State Department UAP Cable 5, Mexico, September 16, 2003
Agency: Department of State
Incident date: 9/12/03
Incident location: Mexico
Page 2
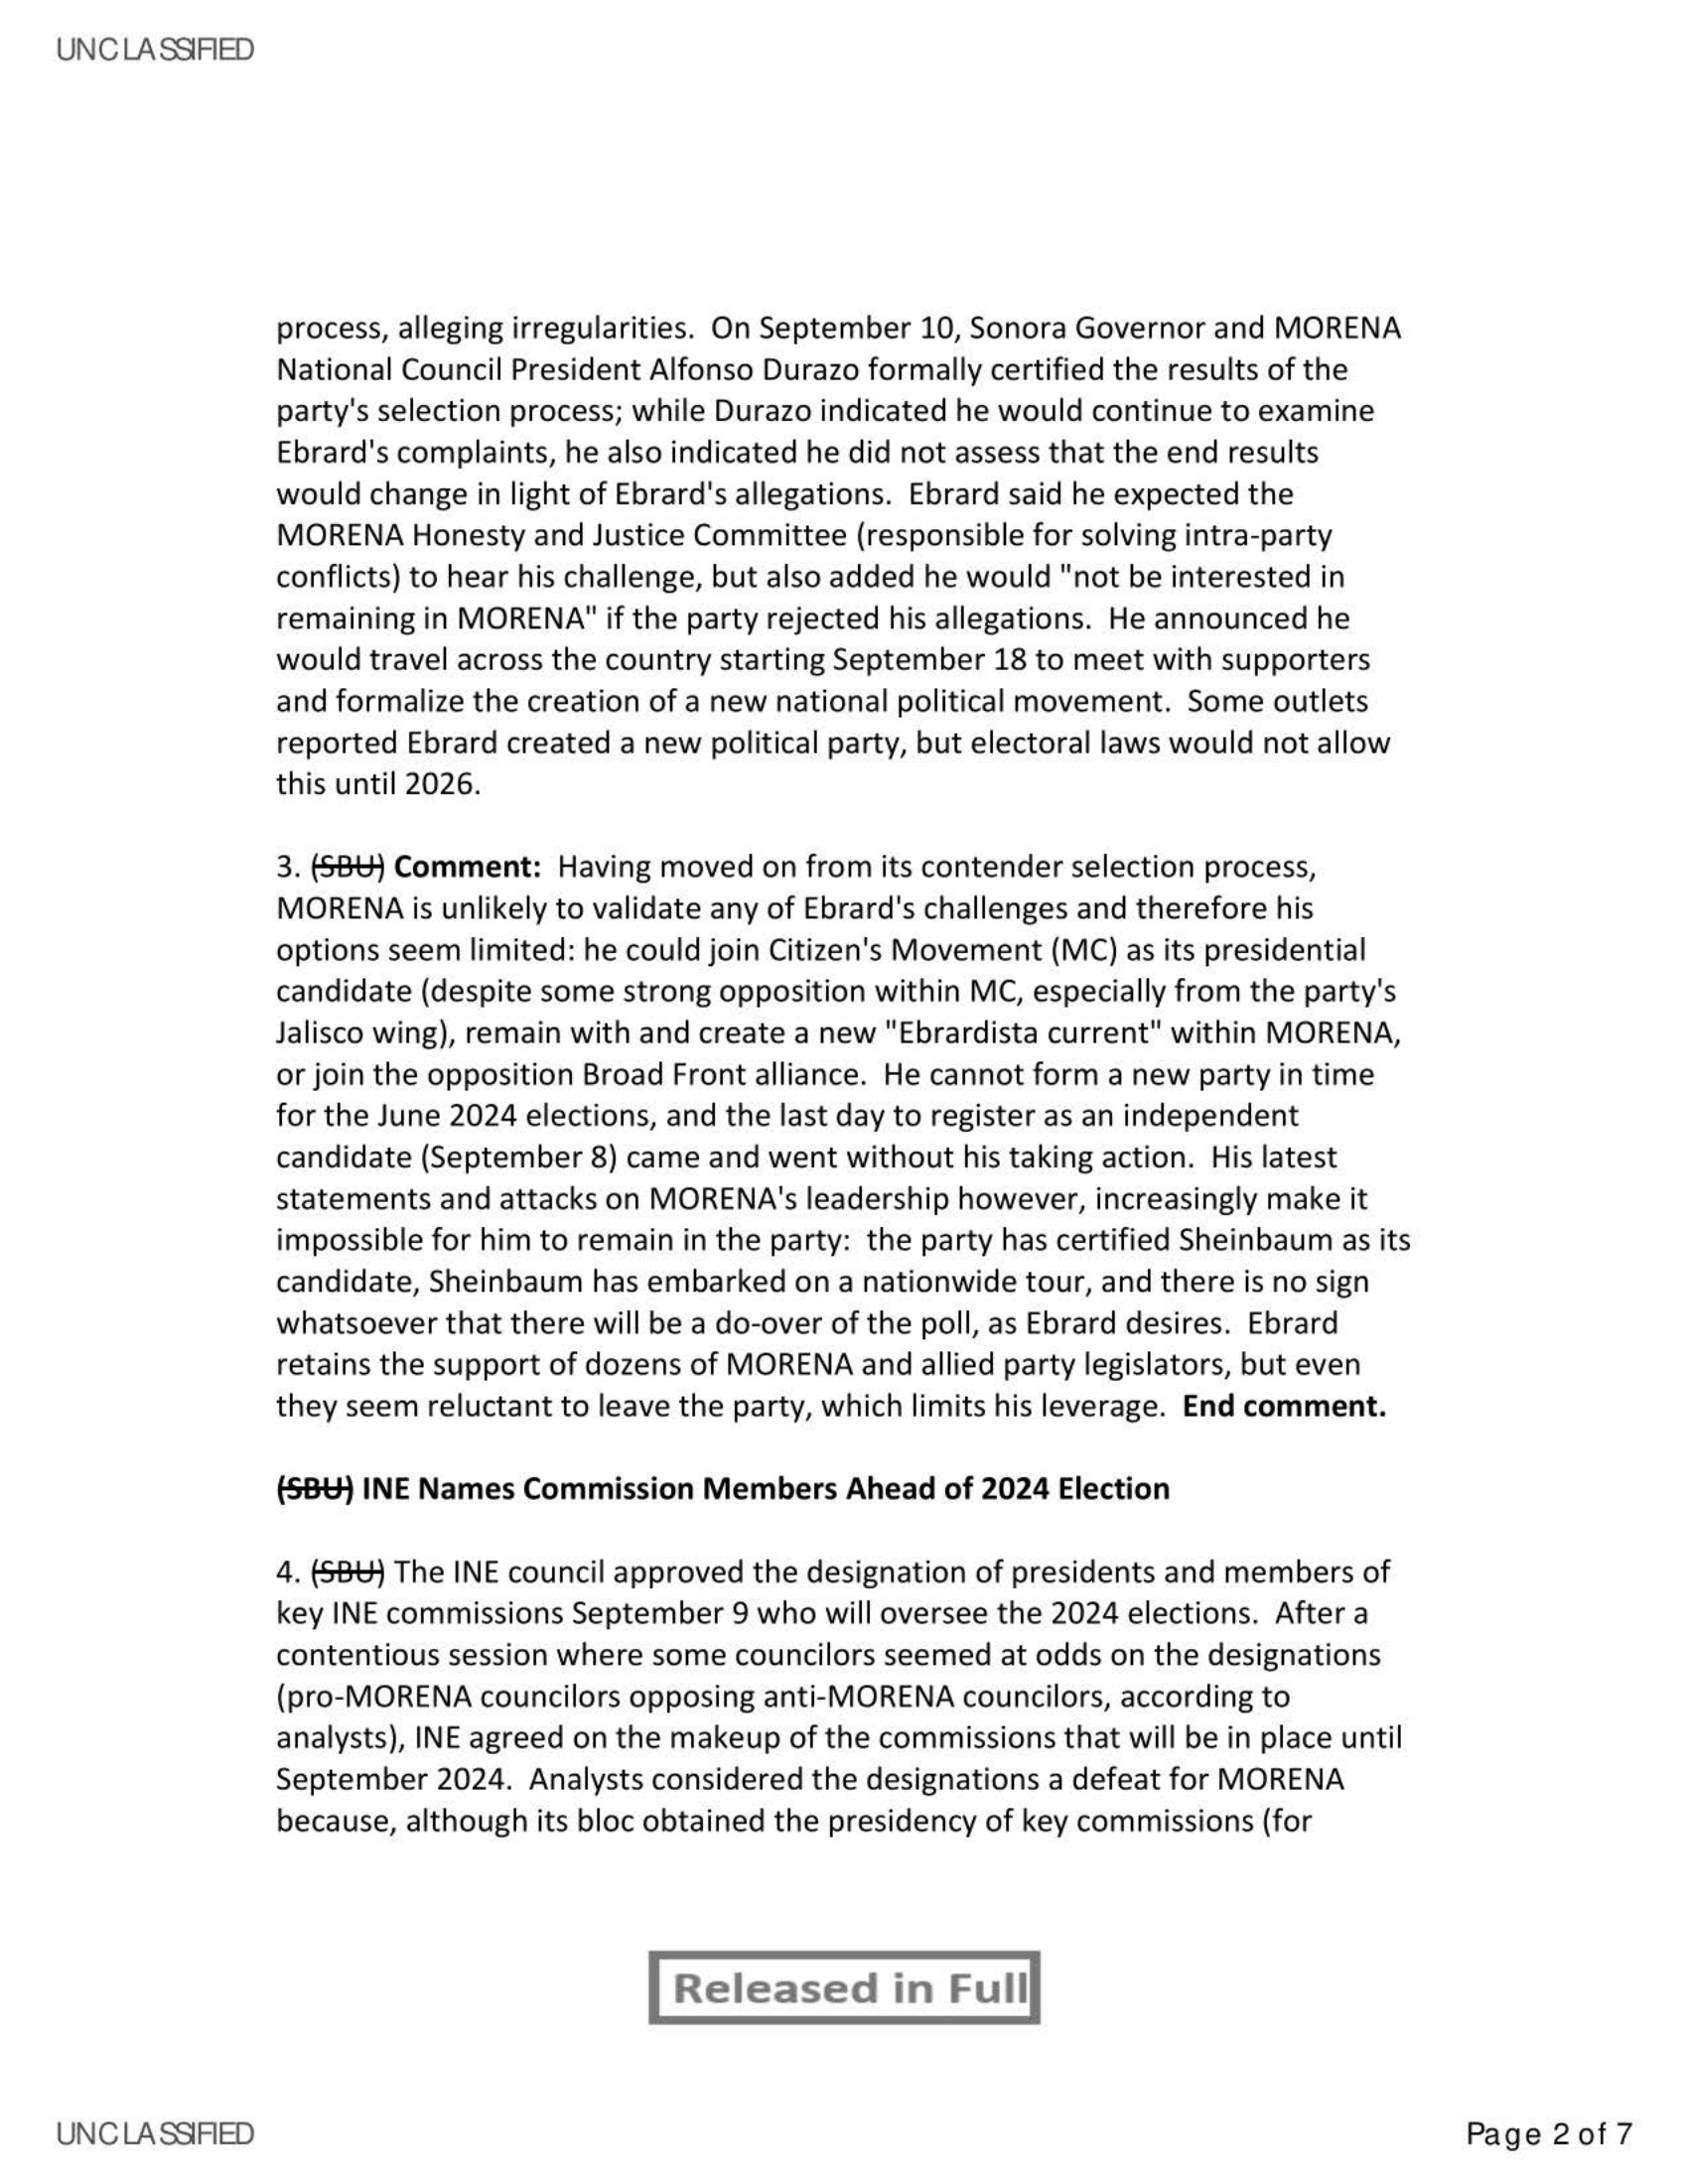